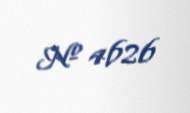
№ 4626